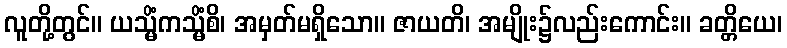
လူတို့တွင်။ ယသ္မိံကသ္မိံစိ၊ အမှတ်မရှိသော။ ဇာယတိ၊ အမျိုး၌လည်းကောင်း။ ခတ္တိယေ၊